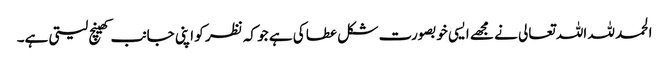
الحمد للہ اللہ تعالی نے مجھے ایسی خوبصورت شکل عطا کی ہے جو کہ نظر کو اپنی جانب کھینچ لیتی ہے۔